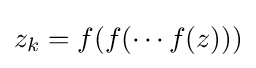
z_{k}=f(f(\cdots f(z)))